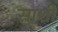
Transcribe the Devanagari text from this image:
साशी